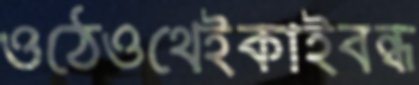
ওঠেওথেইকাইবন্ধ